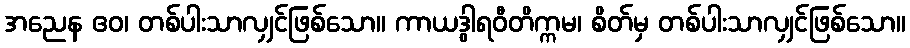
အညေန ဧဝ၊ တစ်ပါးသာလျှင်ဖြစ်သော။ ကာယဒွါရဝီတိက္ကမ၊ စိတ်မှ တစ်ပါးသာလျှင်ဖြစ်သော။